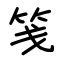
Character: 笺